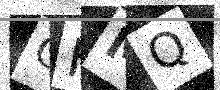
Text: CHMQ